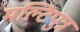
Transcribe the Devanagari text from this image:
मल्टिपुत्र